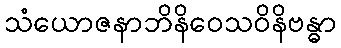
သံယောဇနာဘိနိဝေသဝိနိဗန္ဓာ